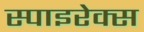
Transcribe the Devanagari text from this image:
स्पाइरेक्स